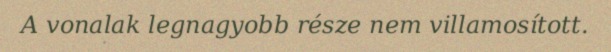
A vonalak legnagyobb része nem villamosított.